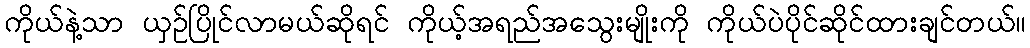
ကိုယ်နဲ့သာ ယှဉ်ပြိုင်လာမယ်ဆိုရင် ကိုယ့်အရည်အသွေးမျိုးကို ကိုယ်ပဲပိုင်ဆိုင်ထားချင်တယ်။